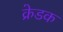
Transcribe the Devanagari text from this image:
क्रेडक